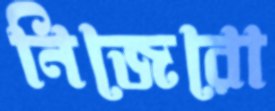
নিজেরো